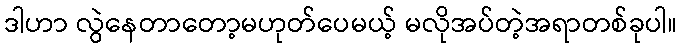
ဒါဟာ လွဲနေတာတော့မဟုတ်ပေမယ့် မလိုအပ်တဲ့အရာတစ်ခုပါ။